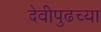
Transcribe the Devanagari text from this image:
देवीपुढच्या